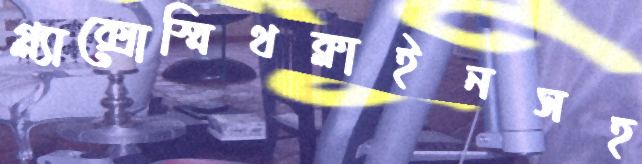
গ্ল্যাক্সোস্মিথক্লাইনসহ